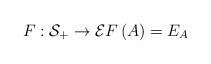
LaTeX: \begin{align*}F:\mathcal{S}_{+}\rightarrow \mathcal{E}F\left(A\right) =E_{A} \end{align*}